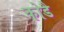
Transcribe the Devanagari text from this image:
कोडै